Report on plague and inoculation in the Punjab from October 1st ... to September 30th..., being the ... season of plague in the province
Disease focus: Plague
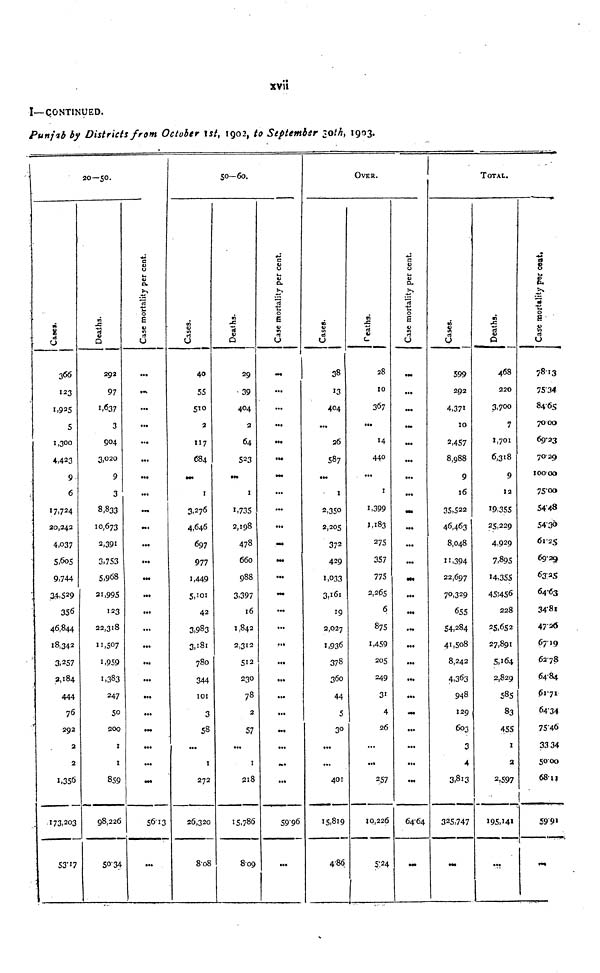
xvii
I—CONTINUED.
Punjab by Districts from October 1st, 1902, to September 30th, 1903.
20—50.
a!
366
123
1,925
5
1,300
4,423
9
6
17,724
20,242
4,037
5,605
9,744
34,529
356
46,844
18,342
3,257
2,184
444
76
292
2
2
1,356
173,203
5317
m
8
D
292
97
1,637
3
904
3,020
9
3
8,833
10,673
2,391
3,753
5,968
21,995
123
22,318
11,507
1,959
1,383
247
50
200
1
1
859
98,226
5034
Case mortality per cent.
1
•••
...
...
...
...
...
...
•••
•••
• ••
...
•••
...
...
...
...
...
...
...
•••
...
...
5613
...
50—60.
Cases.
40
55
510
2
117
684
•••
1
3,276
4,646
697
977
1,449
42
3,983
3,181
780
344
101
3
58
...
1
272
26,320
808
«
"3
V
a
29
39
404
2
64
523
1
1,735
2,198
478
660
988
3,397
16
1,842
2,312
512
230
7 8
2
57
...
1
218
15,786
809
Case mortality per cent.
•••
...
...
...
...
•••
•••
...
...
...
•••
•••
...
•••
...
...
•••
...
...
...
...
•••
...
...
...
5996
...
Cases.«
38
13
404
...
26
587
I
2,350
2,205
37 2
429
1,033
19
2,027
1,936
378
360
44
5
30
...
...
401
15,819
486.
OVER.
Deaths
28
10
367
...
14
440
...
I
1,399
1,183
275
357
775
2,265
6
875
1,459
205
249
31
4
26
...
...
257
10,226
5/24
Case Mortality per cent.
...
...
...
...
...
...
...
•••
...
...
...
•M
...
...
•••
...
• ••
...
• ••
•••
...
...
...
•••
6464
•••
Cases.
599
292
4,371
10
2,457
8,988
9
16
35,522
46,463
8,048
11,394
22,697
70,329
655
54,284
41,508
8,242
4,363
948
129
603
3
4
3,813
325,747
M«
TOTAL.
Deaths
468
220
3,700
7
1,701
6,318
9
12
19,355
25,229
4,929
7,895
14,355
45,456
228
25,652
27,891
5,164
2,829
585
83
455
1
2
2,597
195,141
•••
Case Mortalit
7813
7534
8465
7000
6923
7029
10000
7500
5448
5430
6125
69 - 29
6325
6463
3481
472«
6719
6278
6484
6171
6434
7546
33 34
5000
6811
5991